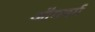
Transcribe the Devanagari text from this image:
ऑगवर्ग